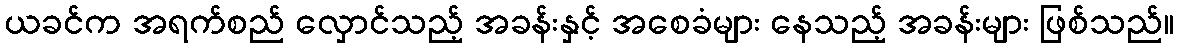
ယခင်က အရက်စည် လှောင်သည့် အခန်းနှင့် အစေခံများ နေသည့် အခန်းများ ဖြစ်သည်။